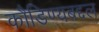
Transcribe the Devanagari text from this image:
कौडिण्यबद्दल